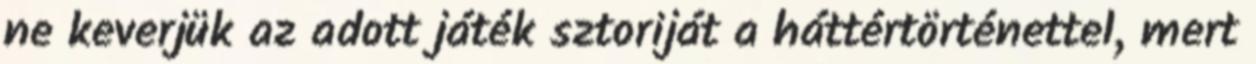
ne keverjük az adott játék sztoriját a háttértörténettel, mert